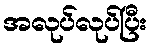
အလုပ်လုပ်ပြီး